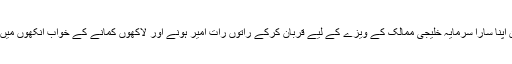
ہمارا نوجوان اپنا سارا سرمایہ خلیجی ممالک کے ویزے کے لیے قربان کرکے راتوں رات امیر ہونے اور لاکھوں کمانے کے خواب آنکھوں میں سجالیتا ہے۔